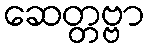
ဆေတ္တဗ္ဗာ